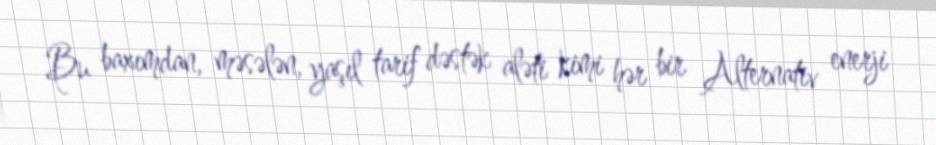
Bu baxımdan, məsələn, yaşıl tarif dəstək aləti kimi hər bir Alternativ enerji